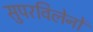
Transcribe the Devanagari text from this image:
सुपरविलेनों